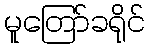
မူတြော်ခရိုင်